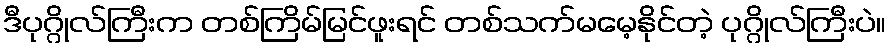
ဒီပုဂ္ဂိုလ်ကြီးက တစ်ကြိမ်မြင်ဖူးရင် တစ်သက်မမေ့နိုင်တဲ့ ပုဂ္ဂိုလ်ကြီးပဲ။